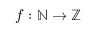
f : \mathbb { N } \to \mathbb { Z }